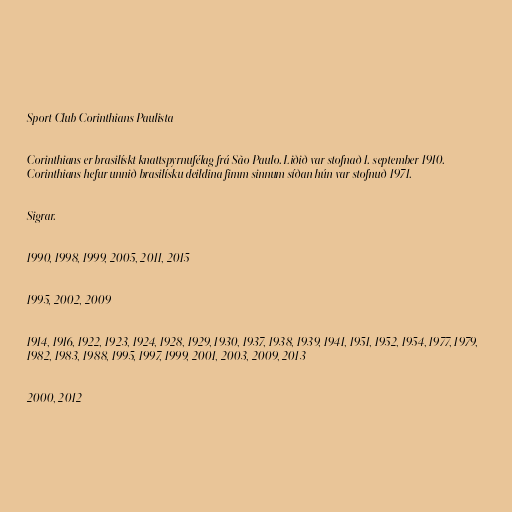
Sport Club Corinthians Paulista

Corinthians er brasilískt knattspyrnufélag frá São Paulo. Liðið var stofnað 1. september 1910.
Corinthians hefur unnið brasilísku deildina fimm sinnum síðan hún var stofnuð 1971.

Sigrar.

1990, 1998, 1999, 2005, 2011, 2015

1995, 2002, 2009

1914, 1916, 1922, 1923, 1924, 1928, 1929, 1930, 1937, 1938, 1939, 1941, 1951, 1952, 1954, 1977, 1979,
1982, 1983, 1988, 1995, 1997, 1999, 2001, 2003, 2009, 2013

2000, 2012